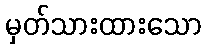
မှတ်သားထားသော